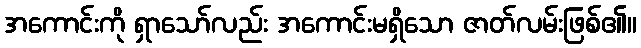
အကောင်းကို ရှာသော်လည်း အကောင်းမရှိသော ဇာတ်လမ်းဖြစ်၏။